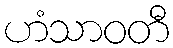
ဟံသာဝတီ